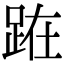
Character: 𨀬